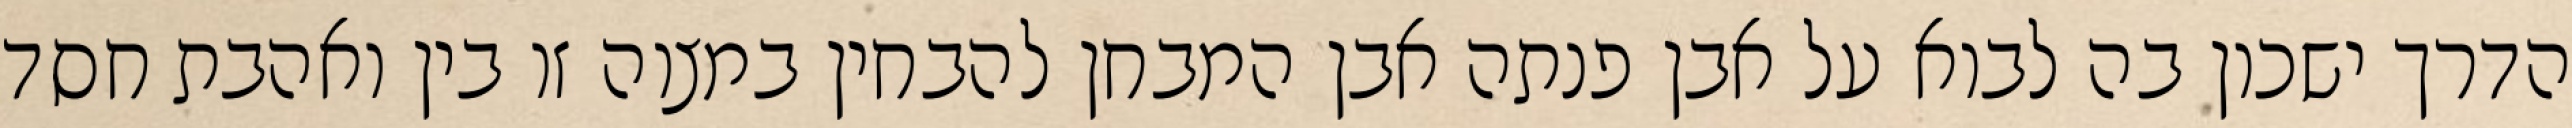
הדרך ישכון בה לבוא על אבן פנתה אבן המבחן להבחין במצוה זו בין ואהבת חסד